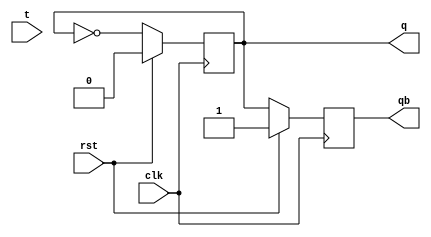
module t_ff(clk,rst,t,q,qb);
input clk,rst;
input t;
output reg q,qb;
always@(posedge clk)
begin 
	if(rst==1)
		begin
			q=0;qb=~q;
		end
		else begin
		q=~q;qb=~q;
		end
			
		
end
endmodule